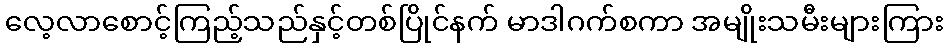
လေ့လာစောင့်ကြည့်သည်နှင့်တစ်ပြိုင်နက် မာဒါဂက်စကာ အမျိုးသမီးများကြား